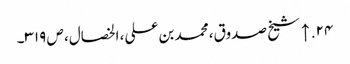
۲۴. ↑ شیخ صدوق، محمد بن علی، الخصال، ص ۳۱۹۔